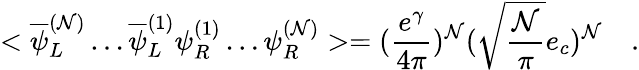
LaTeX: <\overline{{{\psi}}}_{L}^{({\cal N})}\ldots\overline{{{\psi}}}_{L}^{(1)}\psi_{R}^{(1)}\ldots\psi_{R}^{({\cal N})}>=(\frac{e^{\gamma}}{4\pi})^{\cal N}(\sqrt{\frac{\cal N}{\pi}}e_{c})^{\cal N}\quad.